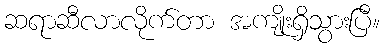
ဆရာဆီလာလိုက်တာ အကျိုးရှိသွားပြီ။